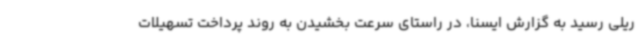
ریلی رسید به گزارش ایسنا، در راستای سرعت بخشیدن به روند پرداخت تسهیلات